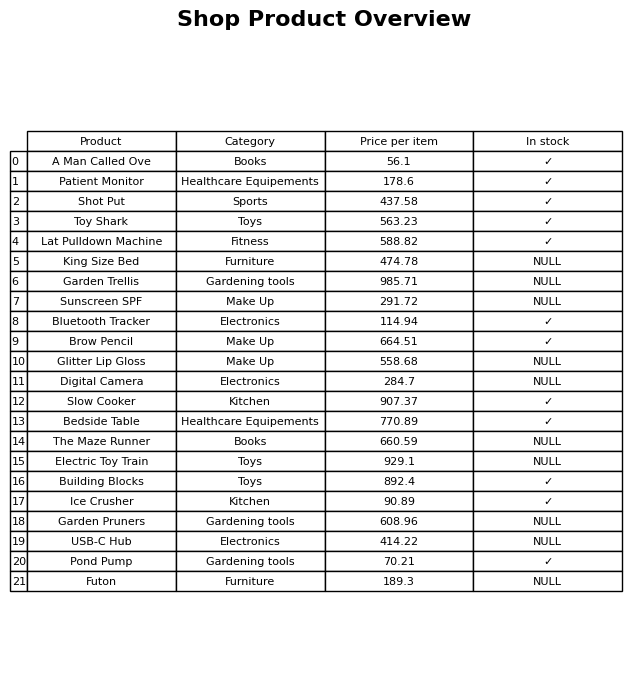
question: What is the price for Electric Toy Train?
answer: The price of Electric Toy Train is 929.1.